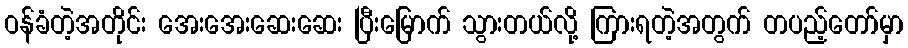
ဝန်ခံတဲ့အတိုင်း အေးအေးဆေးဆေး ပြီးမြောက် သွားတယ်လို့ ကြားရတဲ့အတွက် တပည့်တော်မှာ